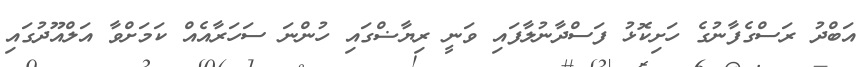
އަބްދު ރަސްގެފާނުގެ ހަށިކޮޅު ފަސްދާނުލާފައި ވަނީ ރިޔާޟްގައި ހުންނަ ސަހަރާއެއް ކަމަށްވާ އަލްއޫދުގައި